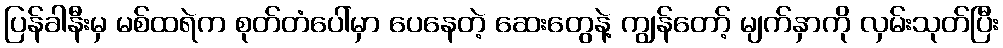
ပြန်ခါနီးမှ မစ်ထရဲက စုတ်တံပေါ်မှာ ပေနေတဲ့ ဆေးတွေနဲ့ ကျွန်တော့် မျက်နှာကို လှမ်းသုတ်ပြီး